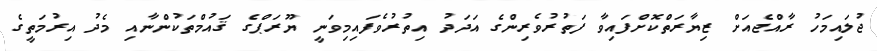
ޖުލައިމަހު ރާއްޖެއަށް ޒިޔާރަތްކޮށްފައިވާ ފަތުރުވެރިންގެ އަދަދު އިތުރުވެފައިމިވަނީ ޔޫރަޕްގެ ޤައުމްތަކުންނާއި މެދު އިރުމަތީގެ